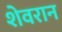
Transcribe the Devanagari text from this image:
शेवरान